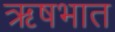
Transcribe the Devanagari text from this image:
ऋषभात